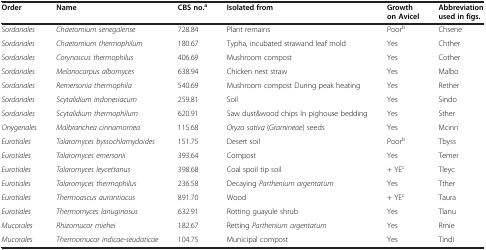
| Order | Name | CBS no.a | Isolated from | Growth on Avicel | Abbreviation used in figs. |
 | --- | --- | --- | --- | --- | --- |
 | Sordariales | Chaetomium senegalense | 728.84 | Plant remains | Poorb | Chsene |
 | Sordariales | Chaetomium thermophilum | 180.67 | Typha, incubated strawand leaf mold | Yes | Chther |
 | Sordariales | Corynascus thermophilus | 406.69 | Mushroom compost | Yes | Cother |
 | Sordariales | Melanocarpus albomyces | 638.94 | Chicken nest straw | Yes | Malbo |
 | Sordariales | Remersonia thermophila | 540.69 | Mushroom compost During peak heating | Yes | Rether |
 | Sordariales | Scytalidium indonesiacum | 259.81 | Soil | Yes | Sindo |
 | Sordariales | Scytalidium thermophilum | 620.91 | Saw dust&wood chips In pighouse bedding | Yes | Sther |
 | Onygenales | Malbranchea cinnamomea | 115.68 | Oryza sativa (Gramineae) seeds | Yes | Mcinn |
 | Eurotiales | Talaromyces byssochlamydoides | 151.75 | Desert soil | Poorb | Tbyss |
 | Eurotiales | Talaromyces emersonii | 393.64 | Compost | Yes | Temer |
 | Eurotiales | Talaromyces leycettanus | 398.68 | Coal spoil tip soil | + YEc | Tleyc |
 | Eurotiales | Talaromyces thermophilus | 236.58 | Decaying Parthenium argentatum | Yes | Tther |
 | Eurotiales | Thermoascus aurantiacus | 891.70 | Wood | + YEc | Taura |
 | Eurotiales | Thermomyces lanuginosus | 632.91 | Rotting guayule shrub | Yes | Tlanu |
 | Mucorales | Rhizomucor miehei | 182.67 | Retting Parthenium argentatum | Yes | Rmie |
 | Mucorales | Thermomucor indicae-seudaticae | 104.75 | Municipal compost | Yes | Tindi |